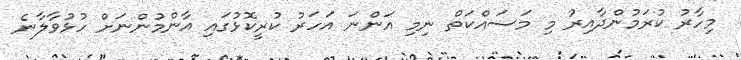
މިހާރު ކުރަމުންދާއިރު މި މަސައްކަތް ނިމި އަންނަ އަހަރު ކުރީކޮޅުގައި އާންމުންނަށް ހުޅުވާލާނެ